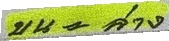
บน = ล่าง